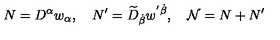
N = D ^ { \alpha } w _ { \alpha } , \quad N ^ { \prime } = \widetilde { D } _ { \dot { \beta } } w ^ { ' \dot { \beta } } , \quad \mathcal { N } = N + N ^ { \prime }